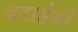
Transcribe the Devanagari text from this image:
चटाईयाँ